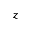
z